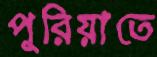
পুরিয়াতে